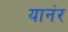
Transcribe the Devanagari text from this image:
यानंर